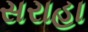
સરાહા